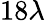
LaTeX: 18\lambda